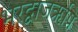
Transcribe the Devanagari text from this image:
भरद्वाजऋषि